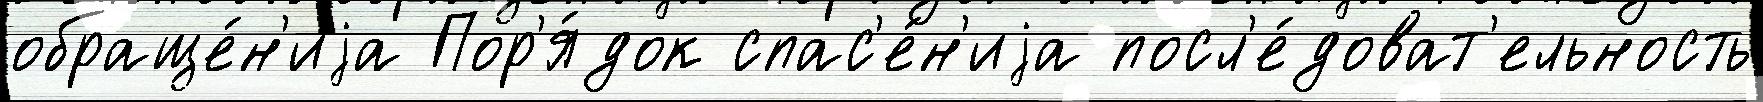
обраще́н'иjа Пор'я́док спас'е́н'иjа посл'е́доват'ельность